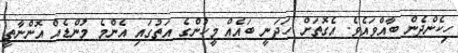
ހިކެންދެން ބާއްވައެވެ. އެގޮތަށް ހަދަނީ ބައެއް މީހުންގެ އަތުގައި އެންމެ މުންޑެއް އޮންނާތީ